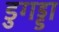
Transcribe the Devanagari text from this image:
डुगड्डा